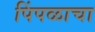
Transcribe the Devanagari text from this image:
पिंपळाचा